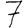
Digit: 7